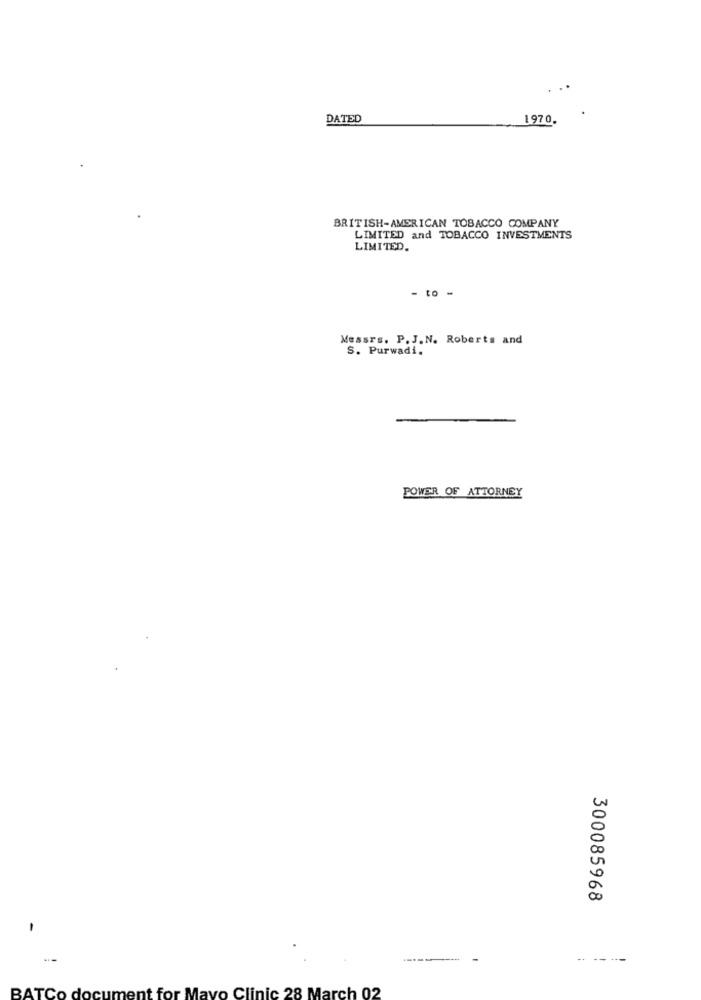
DATED
1970.
BRITISH-AMERICAN TOBACCO COMPANY
LIMITED and TOBACCO INVESTMENTS
LIMITED.
- to -
Messrs. P. J.N. Roberts and
S. Purwadi.
POWER OF ATTORNEY
300085968
-
-
- ----
o Clinic 28 March 02
BATCo